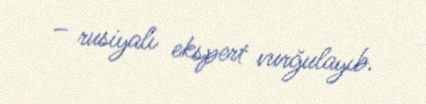
– rusiyalı ekspert vurğulayıb.